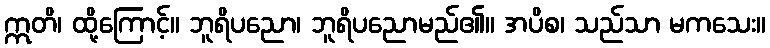
ဣတိ၊ ထို့ကြောင့်။ ဘူရိပညော၊ ဘူရိပညောမည်၏။ အပိစ၊ သည်သာ မကသေး။